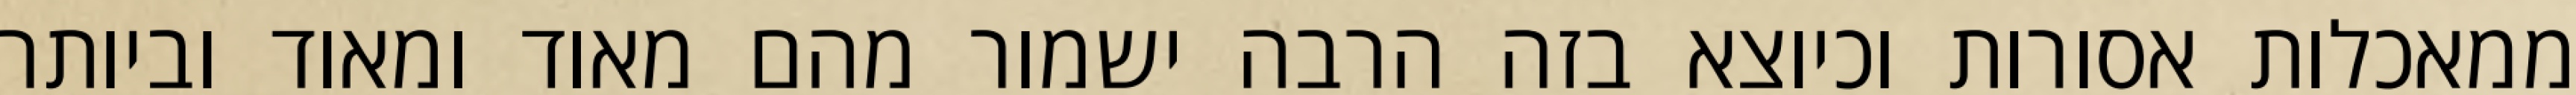
ממאכלות אסורות וכיוצא בזה הרבה ישמור מהם מאוד ומאוד וביותר